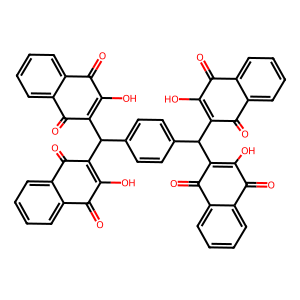
SMILES: O=C1C(O)=C(C(C2=C(O)C(=O)c3ccccc3C2=O)c2ccc(C(C3=C(O)C(=O)c4ccccc4C3=O)C3=C(O)C(=O)c4ccccc4C3=O)cc2)C(=O)c2ccccc21
Inhibits HIV replication: No